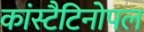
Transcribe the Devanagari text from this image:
कांस्टैटिनोपल